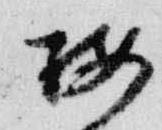
按